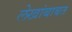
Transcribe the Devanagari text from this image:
लेखांबाबत